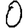
Digit: 0